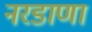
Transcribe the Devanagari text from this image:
नरडाणा